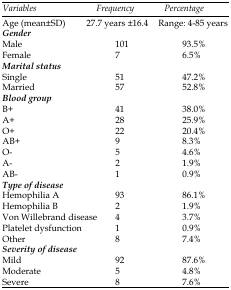
| Variables | Frequency | Percentage |
 | --- | --- | --- |
 | Age (mean±SD) | 27.7 years ±16.4 | Range: 4-85 years |
 | Gender |  |  |
 | Male | 101 | 93.5% |
 | Female | 7 | 6.5% |
 | Marital status |  |  |
 | Single | 51 | 47.2% |
 | Married | 57 | 52.8% |
 | Blood group |  |  |
 | B+ | 41 | 38.0% |
 | A+ | 28 | 25.9% |
 | O+ | 22 | 20.4% |
 | AB+ | 9 | 8.3% |
 | O- | 5 | 4.6% |
 | A- | 2 | 1.9% |
 | AB- | 1 | 0.9% |
 | Type of disease |  |  |
 | Hemophilia A | 93 | 86.1% |
 | Hemophilia B | 2 | 1.9% |
 | Von Willebrand disease | 4 | 3.7% |
 | Platelet dysfunction | 1 | 0.9% |
 | Other | 8 | 7.4% |
 | Severity of disease |  |  |
 | Mild | 92 | 87.6% |
 | Moderate | 5 | 4.8% |
 | Severe | 8 | 7.6% |